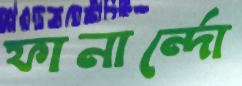
ফানার্ন্দো